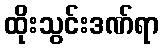
ထိုးသွင်းဒဏ်ရာ